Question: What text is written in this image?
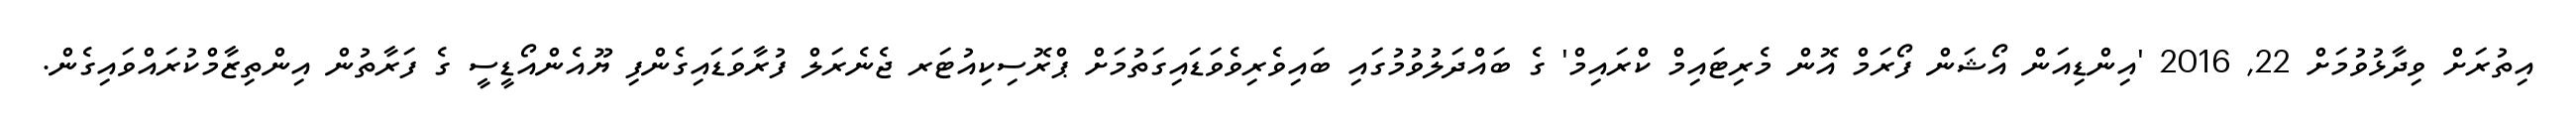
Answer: އިތުރަށް ވިދާޅުވުމަށް 22, 2016 'އިންޑިއަން އޯޝަން ފޯރަމް އޮން މެރިޓައިމް ކްރައިމް' ގެ ބައްދަލުވުމުގައި ބައިވެރިވެވަޑައިގަތުމަށް ޕްރޮސިކިއުޓަރ ޖެނެރަލް ފުރާވަޑައިގެންފި ޔޫއެންއޯޑީސީ ގެ ފަރާތުން އިންތިޒާމްކުރައްވައިގެން.